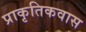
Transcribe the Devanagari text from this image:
प्राकृतिकवास